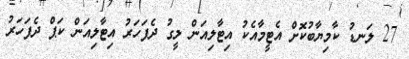
27 ލަނޑު ކާމިޔާބުކޮށް އެޓީމާއެކު އިޓާލިއަން ލީގު ދެފަހަރު އިޓާލިއަން ކަޕް ދެފަހަރު